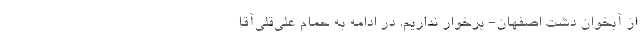
از آبخوان دشت اصفهان- برخوار نداریم. در ادامه به حمام علی‌قلی‌آقا